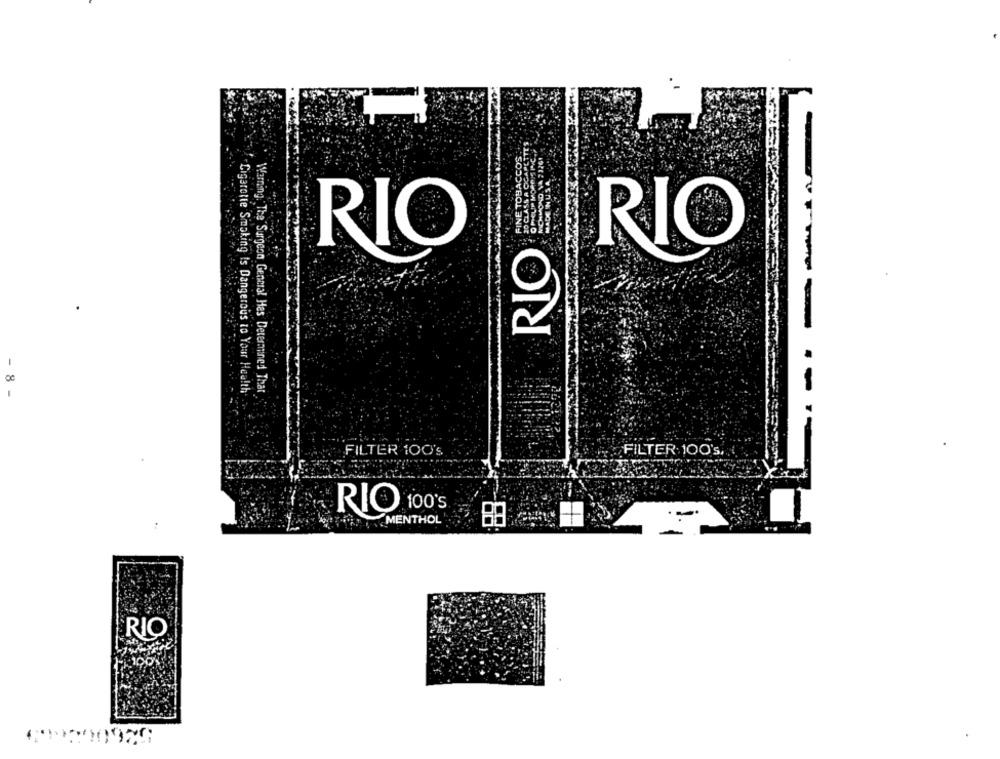
RIO
RIO
RIO
-
8
Cigarette Smoking Is Dangerous to Your Health
Warning. The Surgeon General Has Determined That
FILTER 100's
FILTER 100's
RIO 100's
MENTHOL
RIO